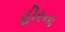
હીરના